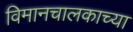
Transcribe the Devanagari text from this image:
विमानचालकाच्या